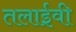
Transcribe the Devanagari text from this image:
तलाईवी